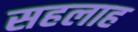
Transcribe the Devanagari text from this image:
सहलाह